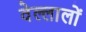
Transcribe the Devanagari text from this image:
वेल्लालों